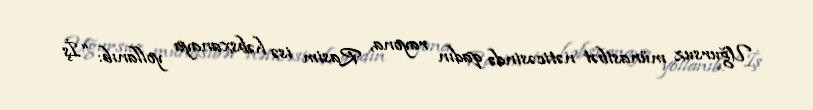
Uğursuz münasibət nəticəsində qadın rayona, Rasim isə həbsxanaya yollanıb: “İş